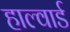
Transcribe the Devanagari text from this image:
हाल्वार्ड